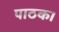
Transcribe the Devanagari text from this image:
पाठक।